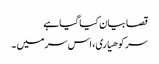
قصا بیان کیا گیا ہے
سر کوهیاری، اس سر میں ۔